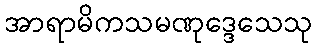
အာရာမိကသမဏုဒ္ဒေသေသု